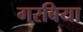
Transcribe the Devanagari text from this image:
गरबिया